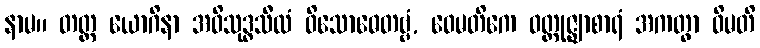
နာမ။ တတ္ထ ယောဂိနာ အဝိသုဒ္ဓသီလံ ဝိသောဓေတဗ္ဗံ, ဝေမတိကေ ဝတ္ထုဇ္ဈာစာရံ အကတွာ ဝိမတိ